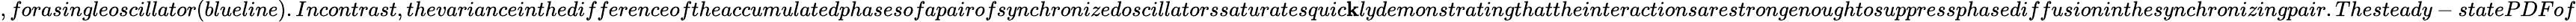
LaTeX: ,forasingleoscillator(blueline).Incontrast,thevarianceinthedifferenceoftheaccumulatedphasesofapairofsynchronizedoscillatorssaturatesquic\mathbf{k}lydemonstratingthattheinteractionsarestrongenoughtosuppressphasediffusioninthesynchronizingpair.Thesteady-statePDFof